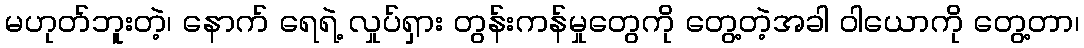
မဟုတ်ဘူးတဲ့၊ နောက် ရေရဲ့ လှုပ်ရှား တွန်းကန်မှုတွေကို တွေ့တဲ့အခါ ဝါယောကို တွေ့တာ၊